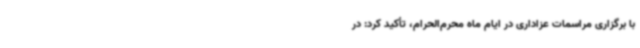
با برگزاری مراسمات عزاداری در ایام ماه محرم‌الحرام، تأکید کرد: در